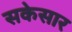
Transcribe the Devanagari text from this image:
सकेसार